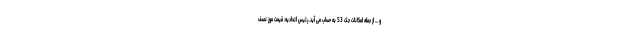
و… از جمله امکانات جک S3 به حساب می آید. رئیس اتحادیه: قیمت موز نصف